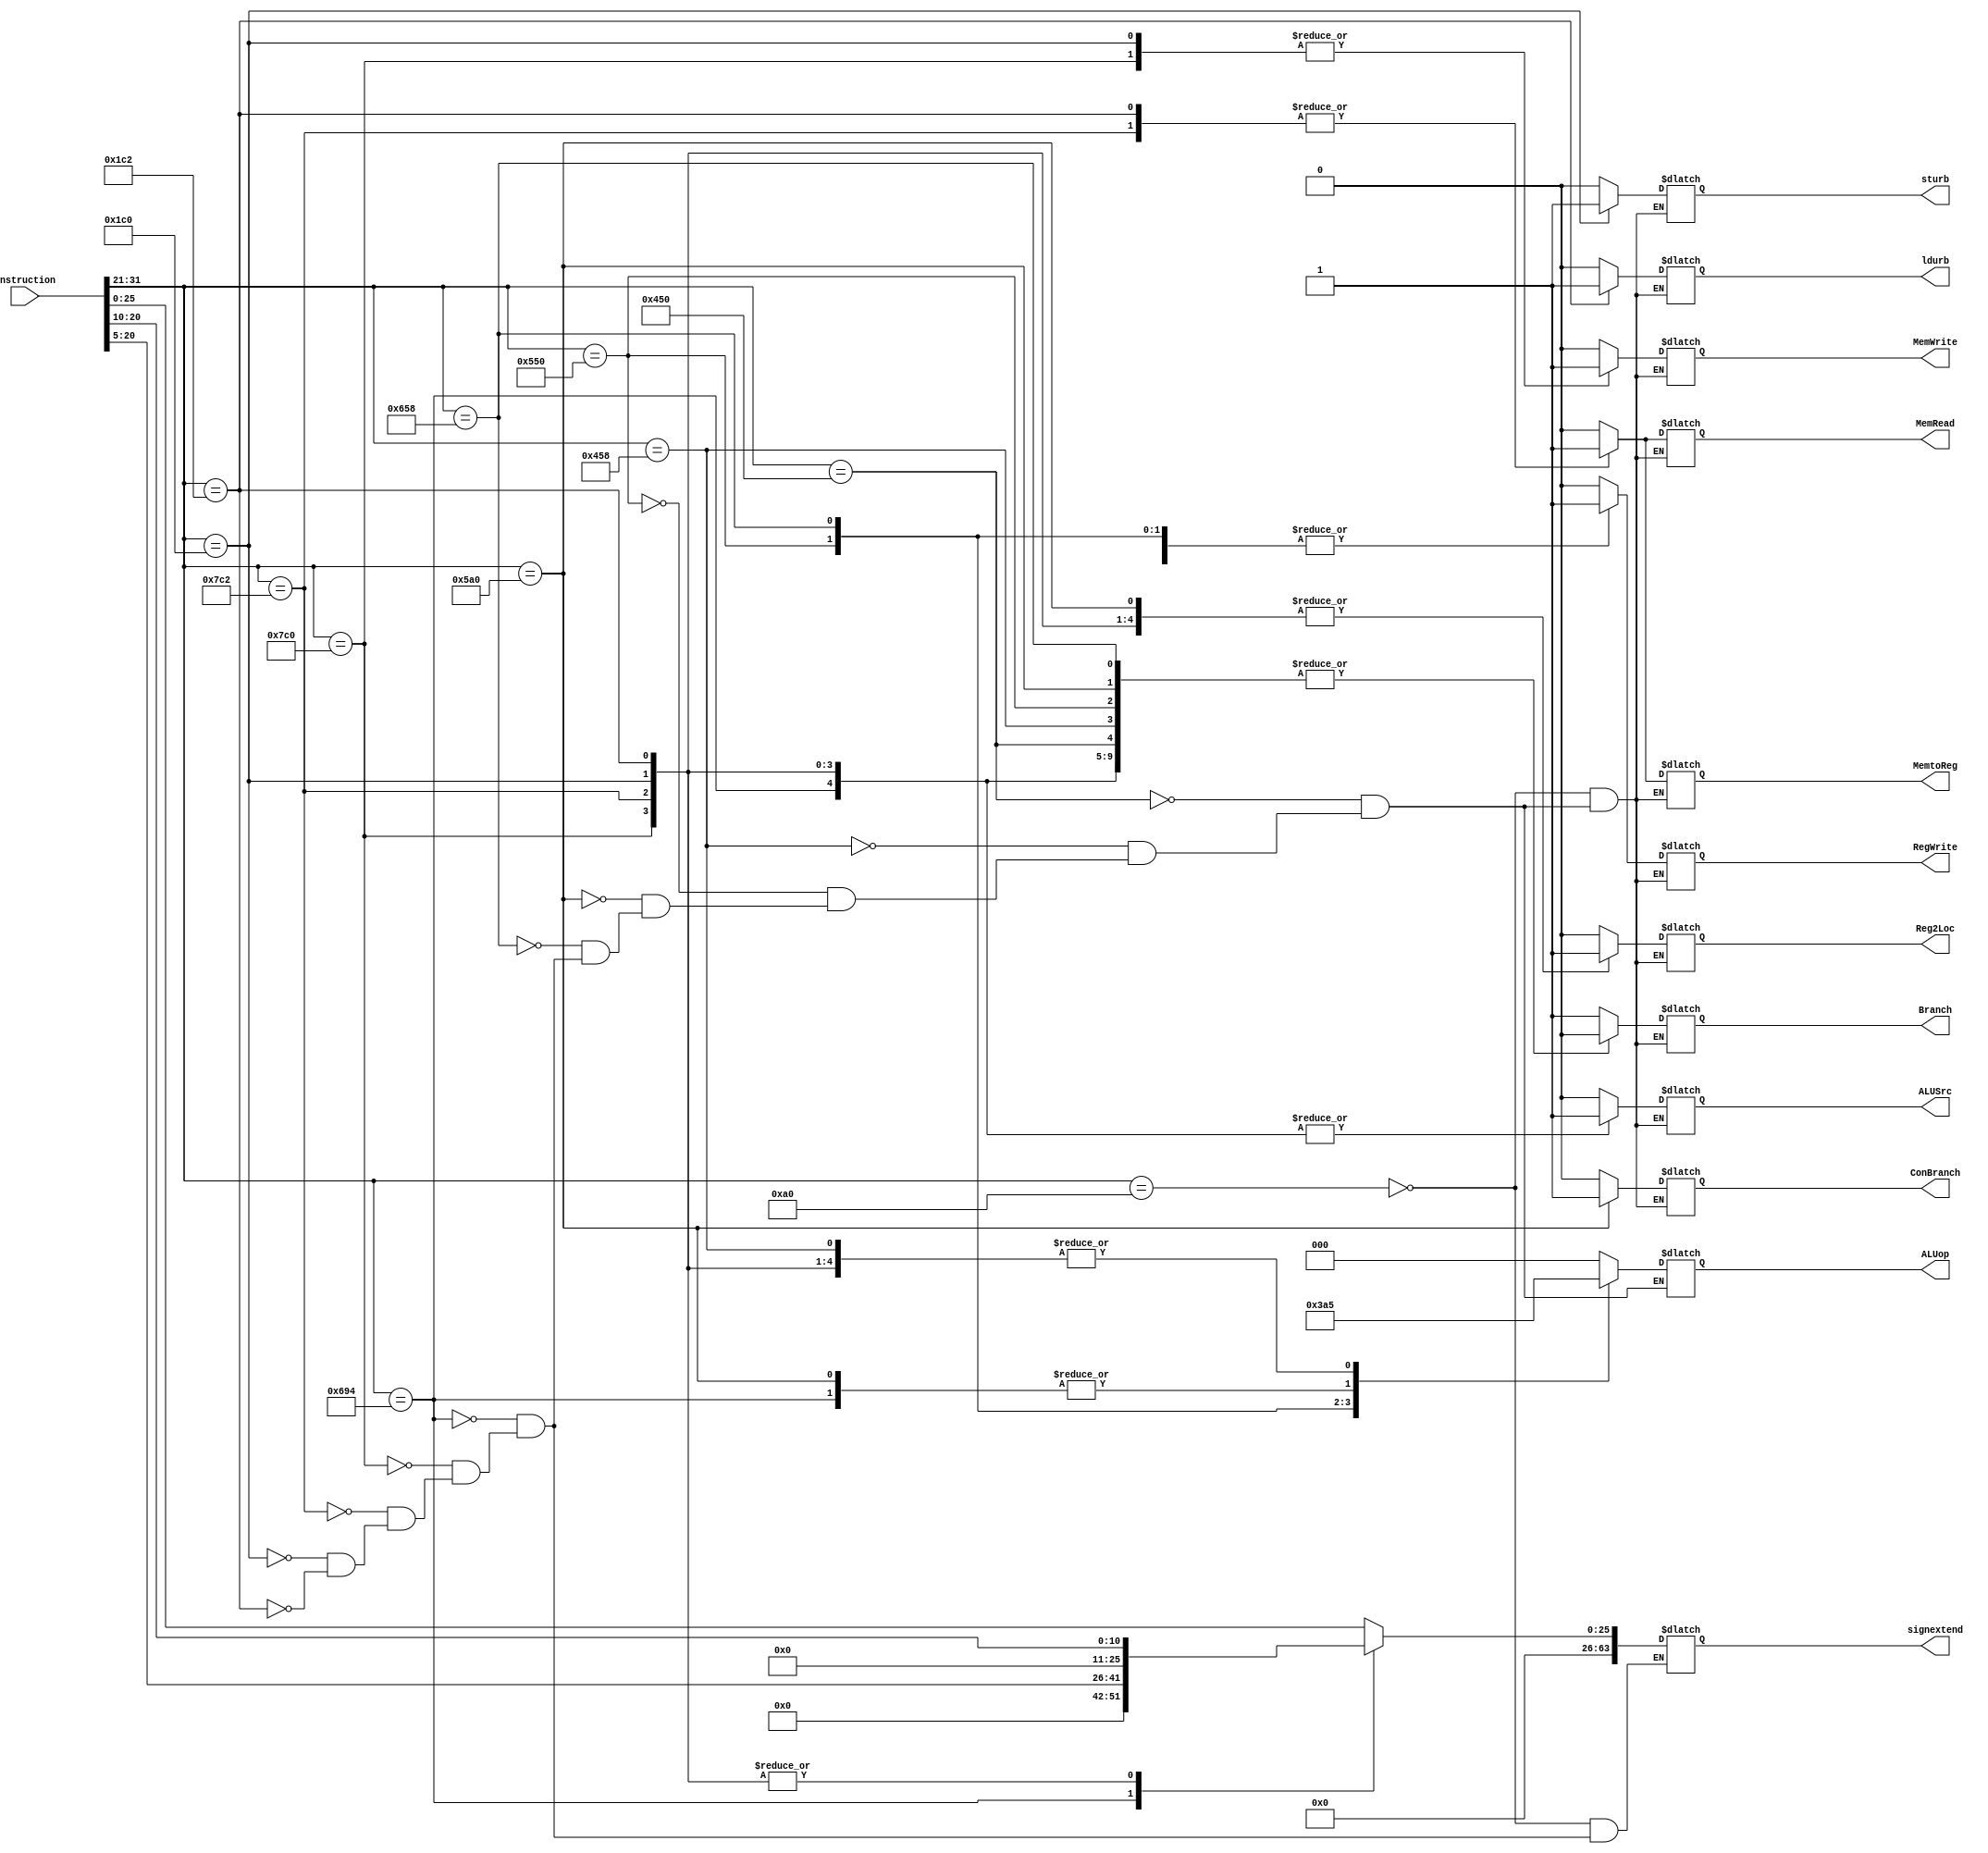
`timescale 1ns / 1ps

module control(instruction,Reg2Loc,ALUSrc,MemtoReg,signextend,ALUop,RegWrite,MemRead,MemWrite,Branch,ConBranch,ldurb,sturb);

input [31:0]instruction;
//input [10:0]instruction;

output reg [2:0]ALUop;
output reg [63:0]signextend;

output reg Reg2Loc,ALUSrc,MemtoReg,RegWrite,MemRead,MemWrite,Branch,ConBranch,ldurb,sturb;

//reg [10:0]opcode;


always@(instruction)
    begin
    //opcode[10:0]=instruction[31:21];
    
        //case(opcode)
        case(instruction[31:21])
        //case(instruction)
            11'b00010100000://branch
            begin
            //ALUop=3'b101;
            signextend=instruction[25:0];
            Reg2Loc=0;
            ALUSrc=0;
            MemtoReg=0;
            RegWrite=0;
            MemRead=0;
            MemWrite=0;
            Branch=1;
            ConBranch=0;
            ldurb=0;
            sturb=0; 
            end
            
            11'b10001010000://and
            begin
            ALUop=3'b000;
            //signextend=instruction[20:10];
            Reg2Loc=0;
            ALUSrc=0;
            MemtoReg=0;
            RegWrite=1;
            MemRead=0;
            MemWrite=0;
            Branch=0;
            ConBranch=0;
            ldurb=0;
            sturb=0;           
            end
        
        11'b10001011000://add
            begin
            ALUop=3'b101;
            //signextend=instruction[20:10];
            Reg2Loc=0;
            ALUSrc=0;
            MemtoReg=0;
            RegWrite=1;
            MemRead=0;
            MemWrite=0;
            Branch=0;
            ConBranch=0;
            ldurb=0;
            sturb=0;           
            end

        11'b10101010000://eor
        begin
            ALUop=3'b001;
            //signextend=instruction[20:10];
            Reg2Loc=0;
            ALUSrc=0;
            MemtoReg=0;
            RegWrite=1;
            MemRead=0;
            MemWrite=0;
            Branch=0;
            ConBranch=0;
            ldurb=0;
            sturb=0;           
        end

        11'b10110100000://cbz
        begin
            ALUop=3'b100;//result = data2
            //signextend=instruction[20:10];
            Reg2Loc=1;//choose [4:0] reg2 data2     to judge if it is zero
            ALUSrc=0;
            MemtoReg=0;
            RegWrite=0;
            MemRead=0;
            MemWrite=0;
            Branch=0;
            ConBranch=1;//conditional branch
            ldurb=0;
            sturb=0;           
        end

        11'b11001011000://sub
        begin
            ALUop=3'b110;//result = data1 - data2
            //signextend=instruction[20:10];
            Reg2Loc=0;//choose [20:16]
            ALUSrc=0;
            MemtoReg=0;
            RegWrite=1;//write to [4:0]
            MemRead=0;
            MemWrite=0;
            Branch=0;
            ConBranch=0;
            ldurb=0;
            sturb=0;           
        end

        11'b11010010100://movz
        begin
            ALUop=3'b100;//alu result=data2(sign extend)
            signextend=instruction[20:5];//select [20:5] immediate to movz
            Reg2Loc=0;
            ALUSrc=1;//choose sign extend
            MemtoReg=0;
            RegWrite=1;//write to [4:0]
            MemRead=0;
            MemWrite=0;
            Branch=0;
            ConBranch=0;
            ldurb=0;
            sturb=0;           
        end

        11'b11111000000://stur
        begin
            ALUop=3'b101;//alu result=data1+sign extend
            signextend=instruction[20:10];//select [20:10] immediate offset address
            Reg2Loc=1;//write regdata [4:0] into mem
            ALUSrc=1;//choose sign extend
            MemtoReg=0;
            RegWrite=0;
            MemRead=0;
            MemWrite=1;//store result into mem address
            Branch=0;
            ConBranch=0;
            ldurb=0;
            sturb=0;           
        end

        11'b11111000010://ldur
        begin
            ALUop=3'b101;//alu result=data1+sign extend
            signextend=instruction[20:10];//select [20:10] immediate offset address
            Reg2Loc=1;//......
            ALUSrc=1;//choose sign extend
            MemtoReg=1;//read data in mem address
            RegWrite=0;
            MemRead=1;//read data in mem address
            MemWrite=0;
            Branch=0;
            ConBranch=0;
            ldurb=0;
            sturb=0;           
        end

        11'b00111000000://sturb
        begin
            ALUop=3'b101;//alu result=data1+sign extend
            signextend=instruction[20:10];//select [20:10] immediate offset address
            Reg2Loc=1;//write regdata [4:0] into mem
            ALUSrc=1;//choose sign extend
            MemtoReg=0;
            RegWrite=0;
            MemRead=0;
            MemWrite=1;//store result into mem address
            Branch=0;
            ConBranch=0;
            ldurb=0;
            sturb=1;           
        end

        11'b00111000010://ldurb
        begin
            ALUop=3'b101;//alu result=data1+sign extend
            signextend=instruction[20:10];//select [20:10] immediate offset address
            Reg2Loc=1;//......
            ALUSrc=1;//choose sign extend
            MemtoReg=1;//read data in mem address
            RegWrite=0;
            MemRead=1;//read data in mem address
            MemWrite=0;
            Branch=0;
            ConBranch=0;
            ldurb=1;
            sturb=0;           
        end


        endcase

    
    end        


    
endmodule